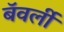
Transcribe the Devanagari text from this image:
बॅवर्ली